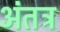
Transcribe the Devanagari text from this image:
अंतत्र